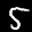
Label: 5